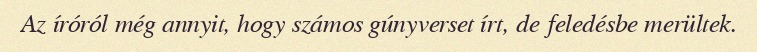
Az íróról még annyit, hogy számos gúnyverset írt, de feledésbe merültek.